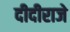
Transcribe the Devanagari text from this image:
दीदीराजे